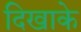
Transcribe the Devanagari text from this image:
दिखाके